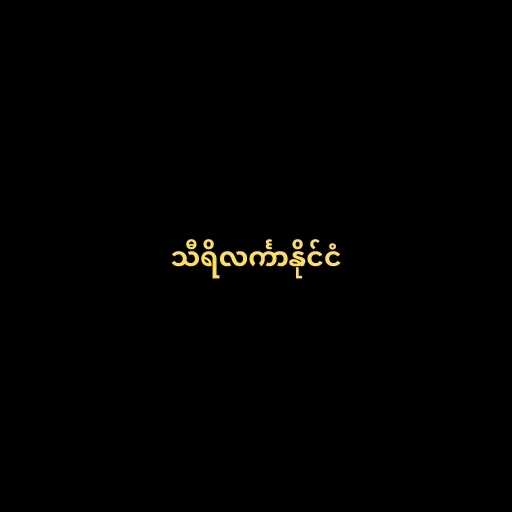
သီရိလင်္ကာနိုင်ငံ